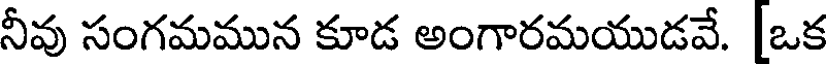
నీవు సంగమమున కూడ అంగారమయుడవే. [ఒక